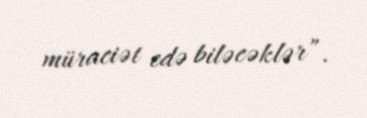
müraciət edə biləcəklər”.